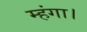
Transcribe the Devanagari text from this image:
म्हंगा।